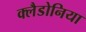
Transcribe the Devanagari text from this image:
क्लैडोनिया